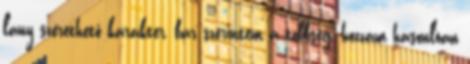
lány szerethető karakter, bár szerintem a többség, hozzám hasonlóan